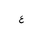
Letter: _ayn